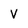
Character: V